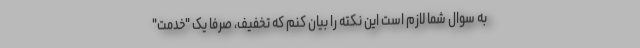
به سوال شما لازم است این نکته را بیان کنم که تخفیف، صرفا یک "خدمت"